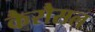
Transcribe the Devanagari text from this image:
कैरौसल